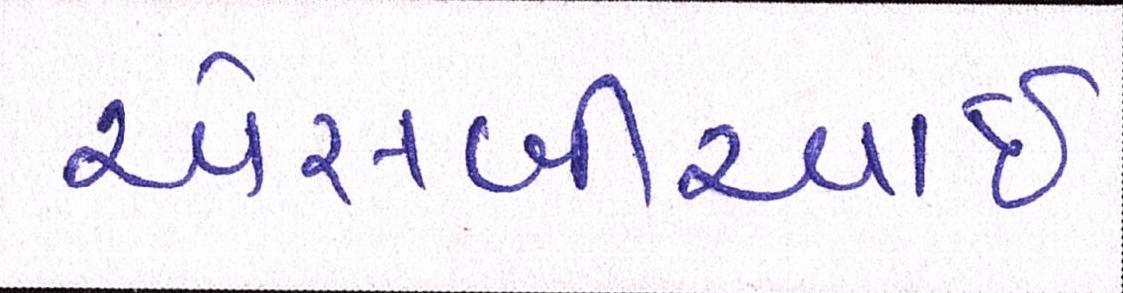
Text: એસબીઆઇ